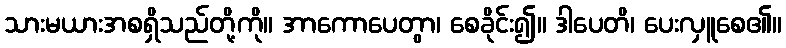
သားမယားအစရှိသည်တို့ကို။ အာကောပေတွာ၊ စေခိုင်း၍။ ဒါပေတိ၊ ပေးလှူစေ၏။